Cholera in India, 1862 to 1881
Year: 1862
Disease focus: Cholera
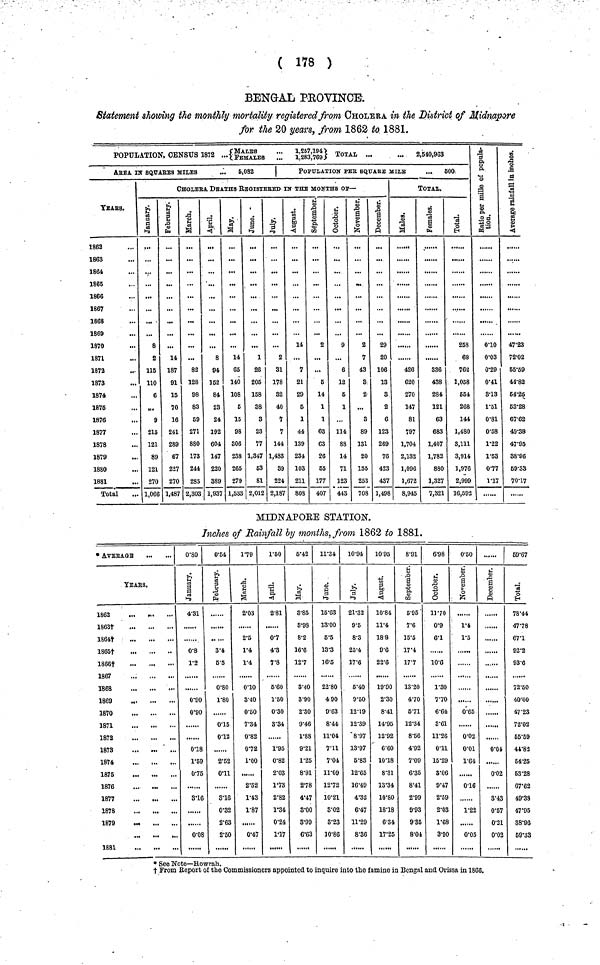
( 178 )
BENGAL PROVINCE.
Statement showing the monthly mortality registered from CHOLERA in the District of Midnapore
for the 20 years, from 1862 to 1881.
POPULATION, CENSUS 1872 ...{MALES
'.'.'.
1,283,769}
TOTAL
2,540,963
AREA IN SQUARES MILES
...
5,082
YEARS.
1862
1863
1864
1865
1866
1867
1868
1869
1870
1871
1872
1873
1874
1875
1876
1877
1878
1879
1880
1881
Total
I POPULATION PER SQUARE MILE
...
500
CHOLERA DEATHS REGISTERED IN THE MONTHS OB—
January
8
2
115
110
6
9
215
121
89
121
270
1,066
February
14
187
91
15
70
16
241
289
67
227
270
1,487
March
. . .
82
128
98
83
69
271
880
173
244
285
2,303
April
8
94
352
84
23
24
192
604
147
220
389
1,937
May
14
65
140
108
5
15
98
306
238
265
279
1,533
June
1
26
205
158
38
3
23
77
1,347
53
81
2,012
July
2
31
178
82
40
7
7
144
1,483
39
224
2,187
August
14
...
7
21
29
0
1
44
139
234
103
211
808
September
2
...
...
5
14
1
1
63
C3
26
55
177
407
Octomber
i
9
6
12
5
1
114
88
14
71
123
443
November
2
7
43
3
2
...
3
89
131
20
155
253
708
December
29
20
106
13
3
2
6
123
269
76
423
437
1,498
TOTAL.
Males
426
620
270
147
81
797
1,704
2,132
1,096
1,672
8,945
Females
336
438
284
121
63
683
1,407
1,782
880
1,327
7,321
Total
253
68
762
1,058
551
268
144
1,480
8,111
3,914
1,976
2,999
16,592
Ratio per Mille Of Population
0·10
0·03
0·29
0·41
3·13
1·51
0·81
0·58
1·22
1·53
0·77
1·17
Average rainf
in inchase
47·23
72·02
55·59
44·82
64·25
53·28
67·62
49·38
47·95
38·96
69·33
70·17
MIDNAPORE STATION.
Inches of Rainfall by months, from 1862 to 1881.
* AVERAGE
TEAKS.
1862
1863t
1864+
1865+
1866+
1867
1868
1869
1870
1871
1872
1873
1874
1875
1876
1877
1878
1879
1881
0·80
January
4·31
0·8
1·2
0·90
0·90
0·18
1·59
0·75
8·16
0·08
0·54
February
3·4
5·5
0·80
1·80
0·15
0·12
2·52
0·11
3·16
0·32
2·63
2·50
1·79
March
2·03
2·5
1·4
1·4
0·10
8·40
0·50
7·34
0·82
0·72
1·00
2·52
1·43
1·87
0·47
1·50
April
2·81
0·7
4·3
7·8
6·60
1·50
0·30
8·34
1·95
0·82
2·03
1·73
2·82
1·34
0·24
1·17
5·42
May
3·85
3·98
8·2
16·6
12·7
3·40
3·90
2·30
9·46
1·88
9·21
1·25
8·91
2·78
4·47
3·00
3·99
6·63
11·34
June
15·63
13·00
5·5
13·3
16·5
22·80
4 90
9·63
8·44
11·04
7·11
7·04
11·09
12·72
10·21
3·02
3·23
10·86
10·94
July
21·32
9·5
8·3
25·4
17·6
5·40
9·50
12·19
12·39
8·97
13·97
6·83
12·65
16·49
4·32
6·47
11·29
8·36
10·95
August
10·84
11·4
18· 8
9·6
22·6
19·90
2·30
8·41
14·95
12·92
6·60
1018
8·31
13·34
10·80
18·18
6·34
17·25
8·91
September
5·95
7·6
15·5
17·4
17·7
13·20
4·70
5·71
12·34
8·66
4·92
7·09
6·35
8·41
2·99
9·93
9·35
8·04
6·98
Octomber
11·70
0·9
6·1
10·6
1·30
7·70
6·64
3·61
11·26
0·11
15·29
3·06
9·47
2·59
2·03
1·68
3·90
0·50
November
1·4
1·5
0·65
0·02
0·01
1·64
0·16
1·22
0·05
December
0·04
......
0·02
......
8·43
0·57
0·21
0·02
69·67
Total.
78·44
47·78
67·1
92·2
93·6
72·50
40·6O
47·23
72·02
65·59
41·82
64·25
63·28
07·62
49·38
47·95
88·96
69·33
• See Note—Howrah.
+ From Report of the Commissioners appointed to inquire into the famine in Bengal and Orissa in 1860.